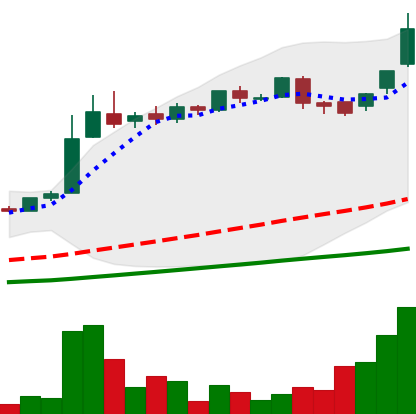
Ticker: LTC-USD
Chart end date: 2016-06-12
Forward return: 4.869%
Label: up_3_5